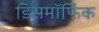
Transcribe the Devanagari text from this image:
डिसमॉर्फिक